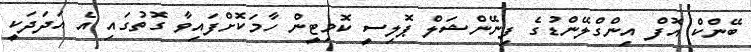
ބޭންކް އޮފް އިންގްލޭންޑުގެ ފިނޭންޝަލް ޕޮލިސީ ކޮމިޓީން ހާމަކޮށްފައިވާ ގޮތުގައި އެ އަދަދަކީ